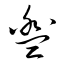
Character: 盥